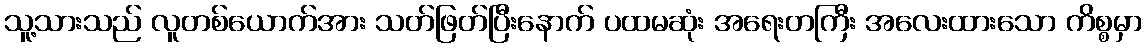
သူ့သားသည် လူတစ်ယောက်အား သတ်ဖြတ်ပြီးနောက် ပထမဆုံး အရေးတကြီး အလေးထားသော ကိစ္စမှာ